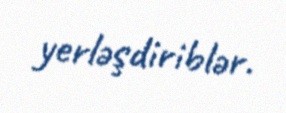
yerləşdiriblər.